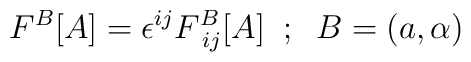
F^{B}[A]=\epsilon^{ij}F^{B}_{\;ij}[A] \;\; ; \;\;B=\left(a,\alpha\right)